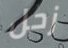
زحل